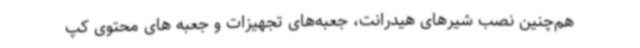
هم‌چنین نصب شیرهای هیدرانت،‌ جعبه‌های تجهیزات و جعبه های محتوی کپ